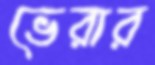
ভেরার